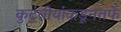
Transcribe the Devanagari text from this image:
कुटुंबीयांकडूनतर्फे